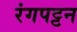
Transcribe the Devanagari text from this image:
रंगपट्टन